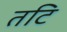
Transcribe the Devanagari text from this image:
तटि